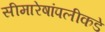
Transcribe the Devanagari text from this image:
सीमारेषांपलीकडे